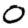
Digit: 0